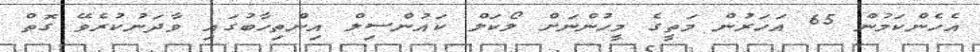
އެހެންކަމުން 65 އަހަރުން މަތީގެ މީހުންނަށް ލޯކަލް ކައުންސިލް އިންތިހާބުގައި ވާދަނުކުރެވޭ ގޮތް